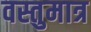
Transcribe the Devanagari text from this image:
वस्तुमात्र